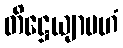
တိဋ္ဌေယျာမဟံ